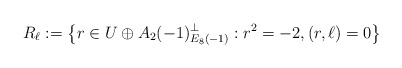
\begin{align*}R_\ell := \left\{r \in U \oplus A_2(-1)^\perp_{E_8(-1)} : r^2 = -2, (r,\ell) = 0\right\}\end{align*}